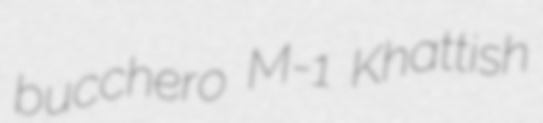
bucchero M-1 Khattish